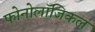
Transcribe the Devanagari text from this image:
फोनोलॉजिकल